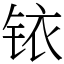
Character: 铱